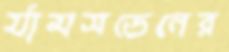
র‍্যামসডেনের